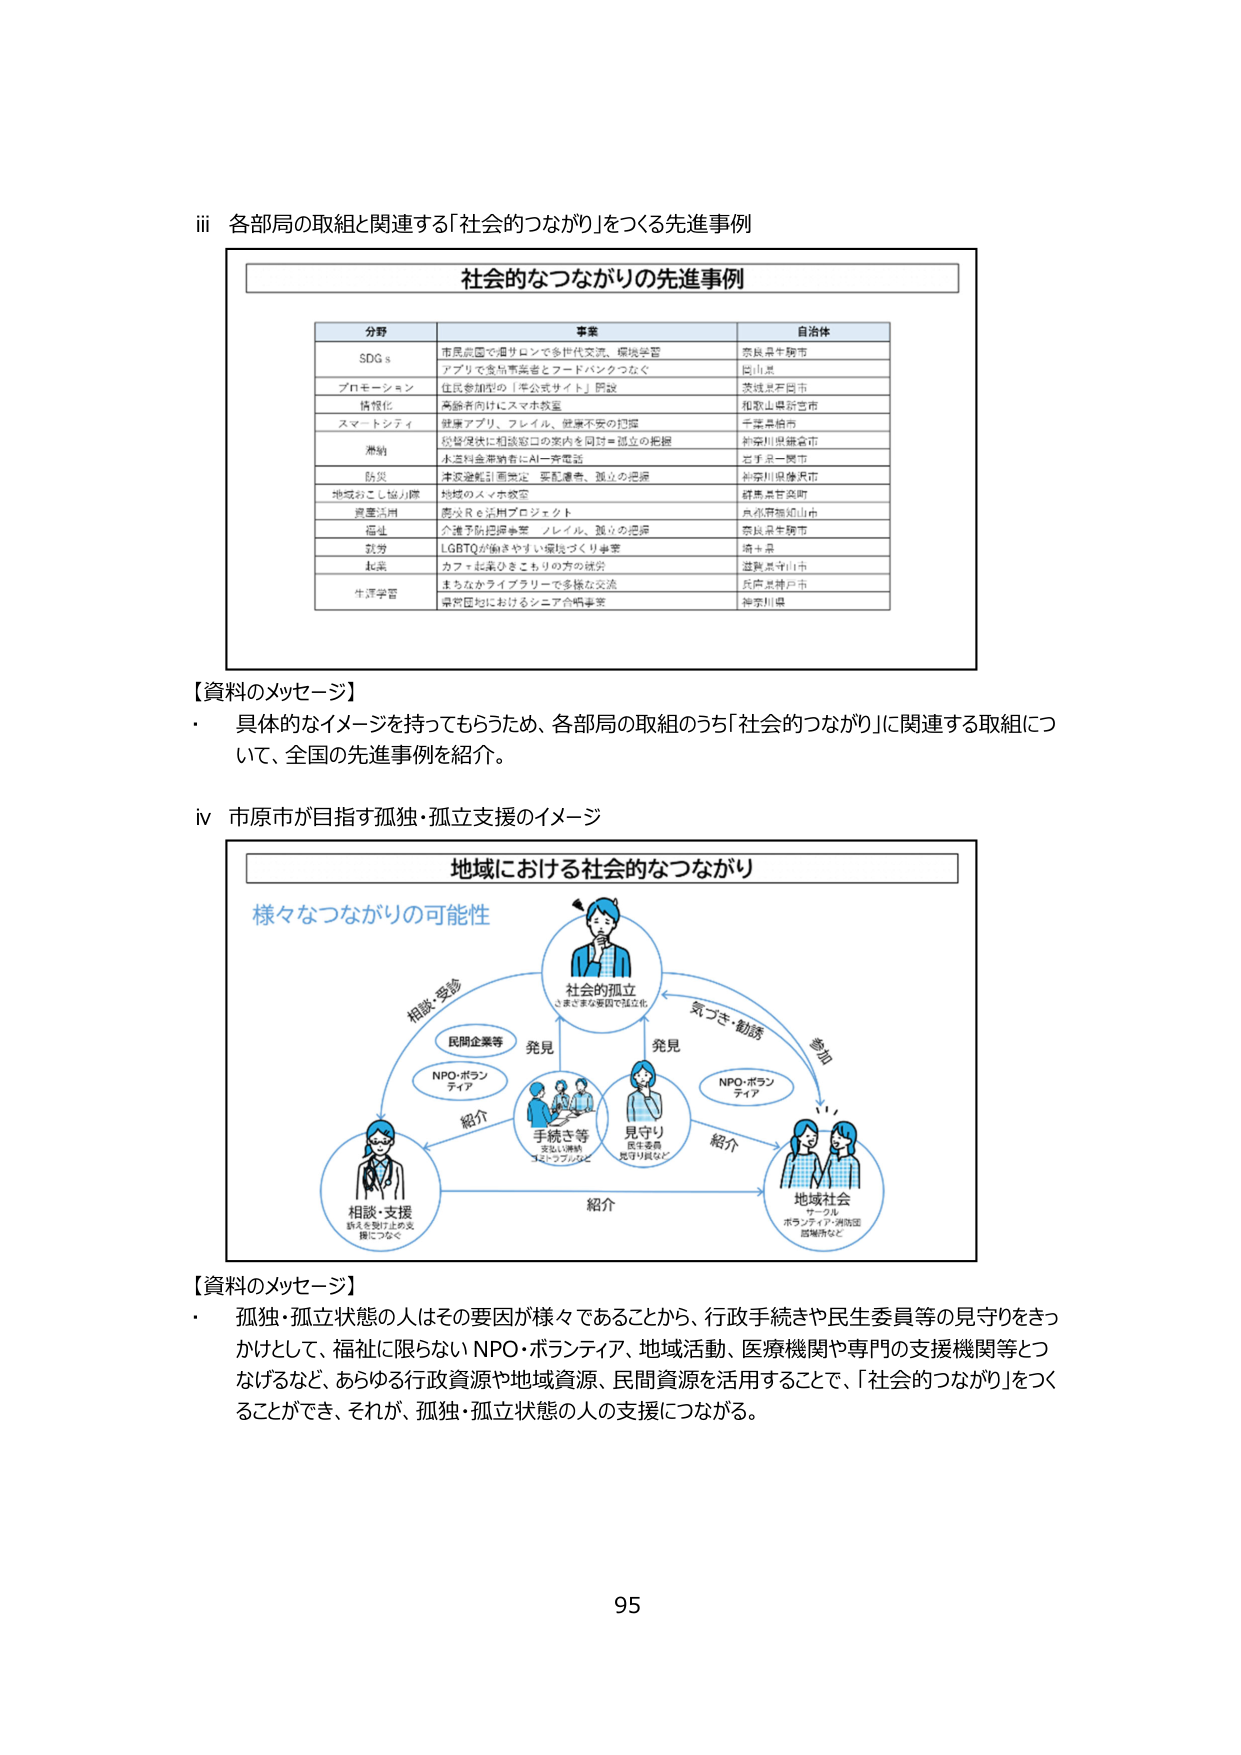
iii 各部局の取組と関連する「社会的つながり」をつくる先進事例

社会的つながりの先進事例

分野 事業 自治体
SDGs 市民農園で畑サロンで多世代交流、環境学習 奈良県生駒市
アプリで食品事業者とフードバンクつなぐ 岡山県
プロモーション 住民参加型の「非公式サイト」開設 茨城県石岡市
情報化 高齢者向けにスマホ教室 和歌山県紀の川市
スマートシティ 健康アプリ、フレイル、健康不安の把握 千葉県柏市
滞納 税務保険に相談窓口の案内を同封＝孤立の把握 神奈川県鎌倉市
水道料金滞納者にAI一斉電話 岩手県一関市
防災 津波避難計画策定・要配慮者、孤立の把握 神奈川県藤沢市
地域おこし協力隊 地域の人々の教室 群馬県甘楽町
買電活用 脱火R e活用プロジェクト 京都府福知山市
福祉 介護予防指導事業 ノレイル、孤立の把握 奈良県生駒市
就労 LGBTQが働きやすい環境づくり事業 埼玉県
起業 カフェと染ひきこもりの方の就労 滋賀県守山市
生涯学習 まちなかライブラリーで多様な交流 兵庫県神戸市
県民圏におけるシニア合唱事業 神奈川県

【資料のメッセージ】
・ 具体的なイメージを持ってもらうため、各部局の取組のうち「社会的つながり」に関連する取組について、全国の先進事例を紹介。

iv 市原市が目指す孤独・孤立支援のイメージ

地域における社会的つながり

様々なつながりの可能性

社会的孤立
さまざまな要因で孤立化

相談・受診
発見
民間企業等
NPO・ボランティア

発見
気づき・勧誘
参加
NPO・ボランティア

紹介
手続き等
支払い請求
コロナ対応など

紹介
見守り
民生委員
見守り員など

紹介
地域社会
サークル
ボランティア・消防団
居場所など

相談・支援
孤立を抜け出す支援につなぐ

【資料のメッセージ】
・ 孤独・孤立状態の人はその要因が様々であることから、行政手続きや民生委員等の見守りをきっかけとして、福祉に限らないNPO・ボランティア、地域活動、医療機関や専門の支援機関等とつなげるなど、あらゆる行政資源や地域資源、民間資源を活用することで、「社会的つながり」をつくることができ、それが、孤独・孤立状態の人の支援につながる。

95